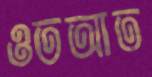
ওতআত